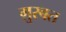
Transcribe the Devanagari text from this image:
ग़ुरबत